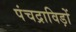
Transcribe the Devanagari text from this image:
पंचद्राविड़ों